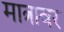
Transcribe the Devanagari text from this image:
मात्रावर